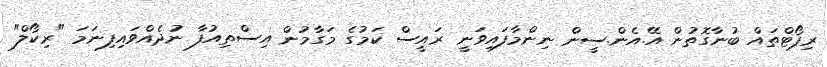
ރިޕޯޓްތައް ބުނާގޮތުން އޭ.އެން.ސީން ނިންމާފައިވަނީ ރައީސް ކަމުގެ މަގާމުން އިސްތިއުފާ ނުދެއްވައިފިނަމަ "ރިކޯލް"